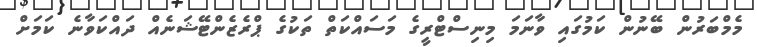
މެމްބަރުން ބޭނުން ކަމުގައި ވާނަމަ މިނިސްޓްރީގެ މަސައްކަތް ތަކުގެ ޕްރެޒެންޓޭޝަނެއް ދައްކަވާނެ ކަމަށް